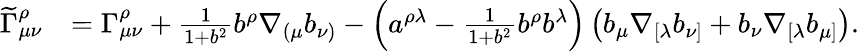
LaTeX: \begin{array}{rl}{\widetilde\Gamma_{\mu\nu}^{\rho}}&{=\Gamma_{\mu\nu}^{\rho}+\frac{1}{1+b^{2}}b^{\rho}\nabla_{(\mu}b_{\nu)}-\left(a^{\rho\lambda}-\frac{1}{1+b^{2}}b^{\rho}b^{\lambda}\right)\left(b_{\mu}\nabla_{[\lambda}b_{\nu]}+b_{\nu}\nabla_{[\lambda}b_{\mu]}\right).}\end{array}